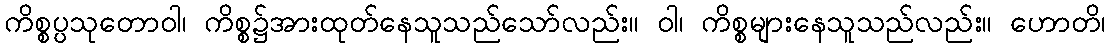
ကိစ္စပ္ပသုတောဝါ၊ ကိစ္စ၌အားထုတ်နေသူသည်သော်လည်း။ ဝါ၊ ကိစ္စများနေသူသည်လည်း။ ဟောတိ၊